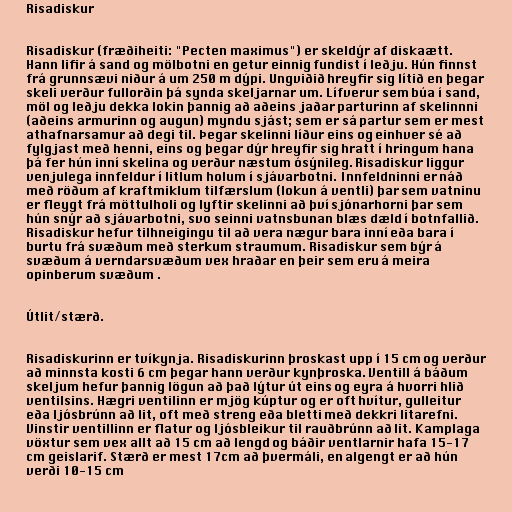
Risadiskur

Risadiskur (fræðiheiti: "Pecten maximus") er skeldýr af diskaætt.
Hann lifir á sand og mölbotni en getur einnig fundist í leðju. Hún finnst
frá grunnsævi niður á um 250 m dýpi. Ungviðið hreyfir sig lítið en þegar
skeli verður fullorðin þá synda skeljarnar um. Lífverur sem búa í sand,
möl og leðju dekka lokin þannig að aðeins jaðar parturinn af skelinnni
(aðeins armurinn og augun) myndu sjást; sem er sá partur sem er mest
athafnarsamur að degi til. Þegar skelinni líður eins og einhver sé að
fylgjast með henni, eins og þegar dýr hreyfir sig hratt í hringum hana
þá fer hún inní skelina og verður næstum ósýnileg. Risadiskur liggur
venjulega innfeldur í litlum holum í sjávarbotni. Innfeldninni er náð
með röðum af kraftmiklum tilfærslum (lokun á ventli) þar sem vatninu
er fleygt frá möttulholi og lyftir skelinni að því sjónarhorni þar sem
hún snýr að sjávarbotni, svo seinni vatnsbunan blæs dæld í botnfallið.
Risadiskur hefur tilhneigingu til að vera nægur bara inní eða bara í
burtu frá svæðum með sterkum straumum. Risadiskur sem býr á
svæðum á verndarsvæðum vex hraðar en þeir sem eru á meira
opinberum svæðum .

Útlit/stærð.

Risadiskurinn er tvíkynja. Risadiskurinn þroskast upp í 15 cm og verður
að minnsta kosti 6 cm þegar hann verður kynþroska. Ventill á báðum
skeljum hefur þannig lögun að það lýtur út eins og eyra á hvorri hlið
ventilsins. Hægri ventilinn er mjög kúptur og er oft hvítur, gulleitur
eða ljósbrúnn að lit, oft með streng eða bletti með dekkri litarefni.
Vinstir ventillinn er flatur og ljósbleikur til rauðbrúnn að lit. Kamplaga
vöxtur sem vex allt að 15 cm að lengd og báðir ventlarnir hafa 15-17
cm geislarif. Stærð er mest 17cm að þvermáli, en algengt er að hún
verði 10-15 cm